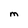
Character: M